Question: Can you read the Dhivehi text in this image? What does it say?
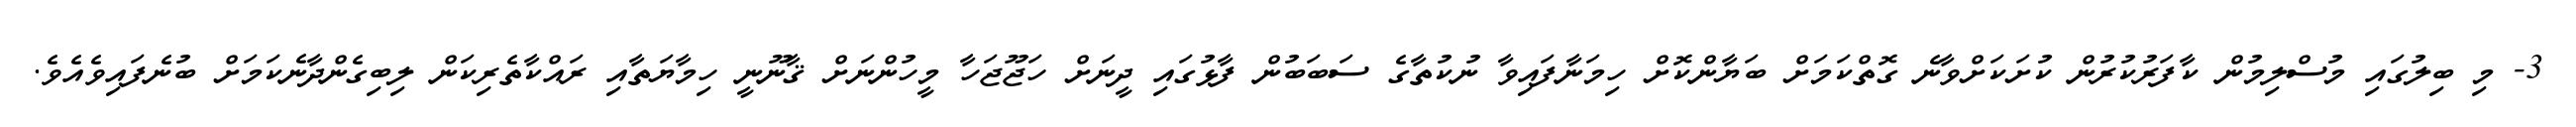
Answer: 3- މި ބިލުގައި މުސްލިމުން ކާފަރުކުރުން ކުށަކަށްވާނެ ގޮތްކަމަށް ބަޔާންކޮށް ހިމަނާފައިވާ ނުކުތާގެ ސަބަބުން ފާޅުގައި ދީނަށް ހަޖޫޖަހާ މީހުންނަށް ޤާނޫނީ ހިމާޔަތާއި ރައްކާތެރިކަން ލިބިގެންދާނެކަމަށް ބުނެފައިވެއެވެ.